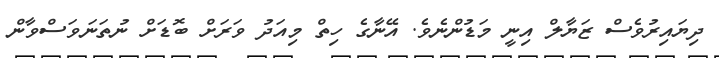
ދިޔައިރުވެސް ޒަޔާލް އިނީ މަޑުންނެވެ. އޭނާގެ ހިތް މިއަދު ވަރަށް ބޮޑަށް ނުތަނަވަސްވާން